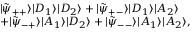
\begin{array} { r l } & { | \tilde { \psi } _ { + + } \rangle | D _ { 1 } \rangle | D _ { 2 } \rangle + | \tilde { \psi } _ { + - } \rangle | D _ { 1 } \rangle | A _ { 2 } \rangle } \\ & { + | \tilde { \psi } _ { - + } \rangle | A _ { 1 } \rangle | D _ { 2 } \rangle + | \tilde { \psi } _ { -- } \rangle | A _ { 1 } \rangle | A _ { 2 } \rangle , } \end{array}